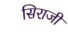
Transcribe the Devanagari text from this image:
सिराजी